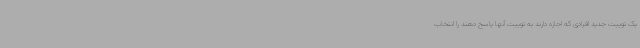
یک توییت جدید افرادی که اجازه دارند به توییت آنها پاسخ دهند را انتخاب